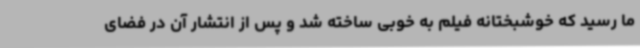
ما رسید که خوشبختانه فیلم به خوبی ساخته شد و پس از انتشار آن در فضای